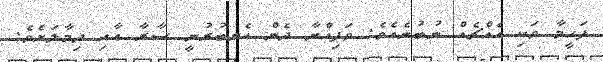
ފަހީމާ ވަކި އެއްޗެއް ނުބުނެއެވެ. ވަފިއްޔާ ދެން އެނބުރުނީ ސާރާ އާއި ދިމާލަށެވެ.